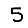
Digit: 5